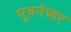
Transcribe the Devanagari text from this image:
भुवनेष्वर